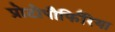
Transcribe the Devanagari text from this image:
प्रोटोपौर्फिरिया